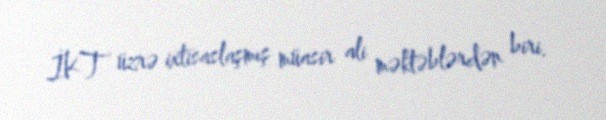
İKT üzrə ixtisaslaşmış müasir ali məktəblərdən biri.